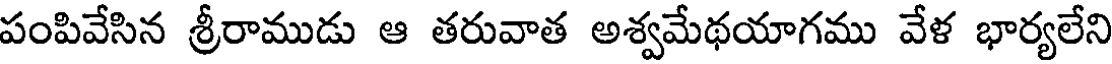
పంపివేసిన శ్రీరాముడు ఆ తరువాత అశ్వమేథయాగము వేళ భార్యలేని